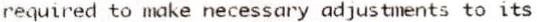
REQUIRED TO MAKE NECESSARY ADJUSTMENTS TO ITS